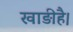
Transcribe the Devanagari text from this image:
खाड़ीहै।